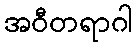
အဝီတရာဂါ